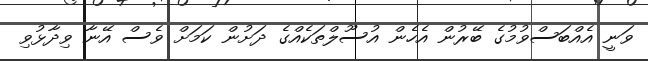
ވަނީ އެއްބަސްވުމުގެ ބޭރުން އެހެން އުސޫލްތަކެއްގެ ދަށުން ކަމަށް ވެސް އޭނާ ވިދާޅުވި